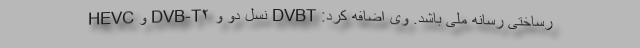
رساختی رسانه ملی باشد. وی اضافه کرد: DVBT نسل دو و DVB-T۲ و HEVC